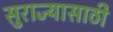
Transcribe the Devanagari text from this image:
सुराज्यासाठी